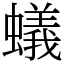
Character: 蟻